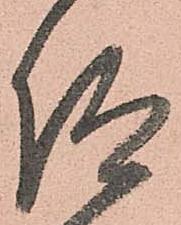
仰